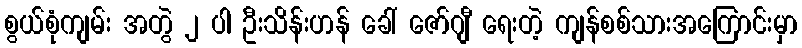
စွယ်စုံကျမ်း အတွဲ ၂ ပါ ဦးသိန်းဟန် ခေါ် ဇော်ဂျီ ရေးတဲ့ ကျန်စစ်သားအကြောင်းမှာ